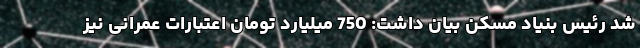
شد رئیس بنیاد مسکن بیان داشت: 750 میلیارد تومان اعتبارات عمرانی نیز